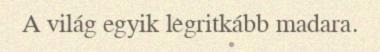
A világ egyik legritkább madara.